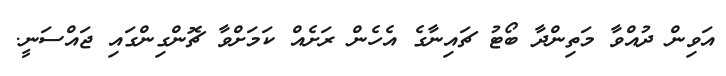
އަވިން ދުއްވާ މަތިންދާ ބޯޓު ޗައިނާގެ އެހެން ރަށެއް ކަަމަށްވާ ޗޮންގިންގައި ޖައްސަނީ.